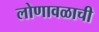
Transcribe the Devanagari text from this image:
लोणावळाची